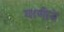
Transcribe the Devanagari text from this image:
घाणीने